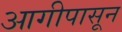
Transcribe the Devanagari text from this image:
आगीपासून